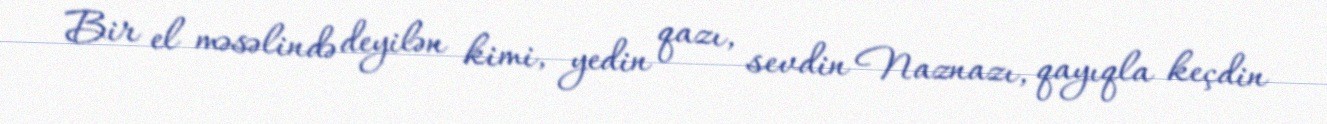
Bir el məsəlində deyilən kimi, yedin qazı, sevdin Naznazı, qayıqla keçdin